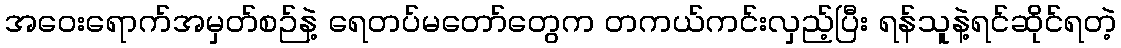
အဝေးရောက်အမှတ်စဉ်နဲ့ ရေတပ်မတော်တွေက တကယ်ကင်းလှည့်ပြီး ရန်သူနဲ့ရင်ဆိုင်ရတဲ့